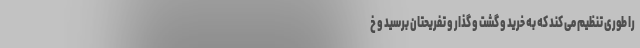
را طوری تنظیم می کند که به خرید و گشت و گذار و تفریحتان برسید و خ